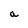
Character: a